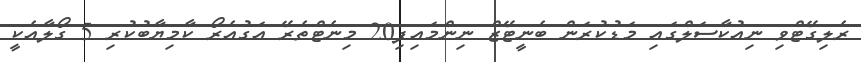
ރެލިގޭޓްވި ނިއުކާސަލްގައި މަޑުކުރަން ބެނީޓޭޒް ނިންމައިފި20 މިނެޓްތެރޭ އަގުއެރޯ ކާމިޔާބުކުރި 5 ގޯލާއެކީ